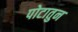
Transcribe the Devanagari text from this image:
पोटातुन